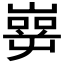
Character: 𰎶